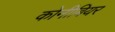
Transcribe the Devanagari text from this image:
कोनीबियर